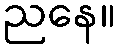
ညနေ။